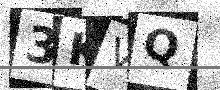
Text: 3KVQ